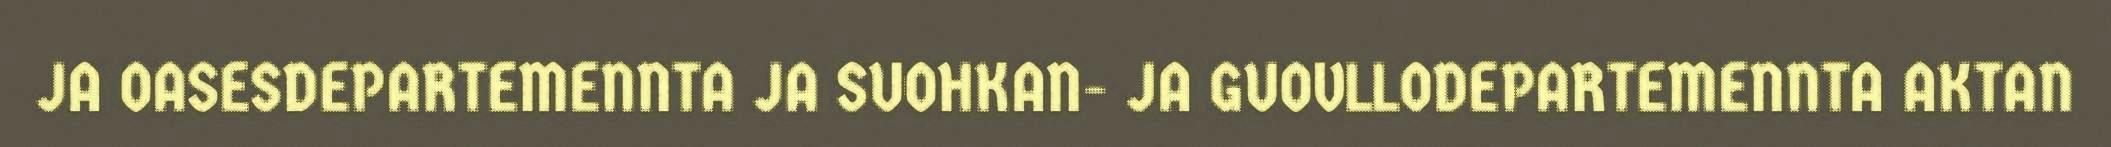
JA OASESDEPARTEMENNTA JA SUOHKAN- JA GUOVLLODEPARTEMENNTA AKTAN